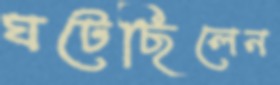
ঘটেছিলেন